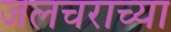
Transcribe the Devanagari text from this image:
जलचराच्या